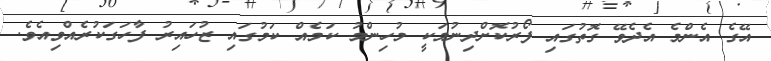
އޭގެ އެންމެ އެދެވޭ ގޮތުގައި ފޯރުކޮށްދިނުމަކީ މުހިންމު ކަމެއް ކަމުގައި ޒުހައިރު ފާހަގަކުރެއްވިއެވެ.